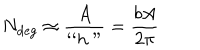
LaTeX: N _ { \mathrm { d e g } } \approx \frac { A } { ` ` h " } = \frac { b A } { 2 \pi }